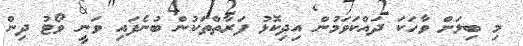
މި ބިލަށް ވާހަކަ ދައްކަވަމުން އިދިކޮޅު ފަރާތްތަކުން ބުނެފައި ވަނީ ވޯޓު ދިން